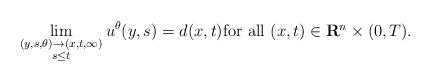
LaTeX: \begin{align*} \lim_{\begin{subarray}{c}(y,s,\theta) \to (x,t,\infty) \\ s\leq t \end{subarray}} u^{\theta}(y,s)=d(x,t) \mbox{for all $(x,t) \in \mathbf{R}^n \times (0,T)$}. \end{align*}